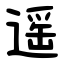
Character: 遥